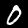
Label: 0